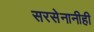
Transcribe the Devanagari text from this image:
सरसेनानीही